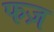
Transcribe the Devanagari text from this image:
फज़